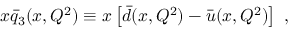
x \bar { q } _ { 3 } ( x , Q ^ { 2 } ) \equiv x \left[ \bar { d } ( x , Q ^ { 2 } ) - \bar { u } ( x , Q ^ { 2 } ) \right] \ ,